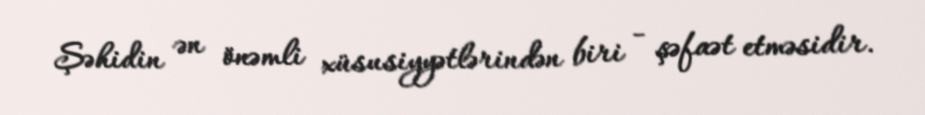
Şəhidin ən önəmli xüsusiyyətlərindən biri - şəfaət etməsidir.